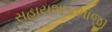
સહાયશાકભાજી